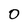
Character: 0